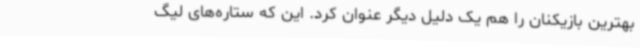
بهترین بازیکنان را هم یک دلیل دیگر عنوان کرد. این که ستاره‌های لیگ